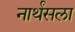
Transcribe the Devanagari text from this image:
नार्थंसला